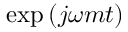
\exp \left( j \omega m t \right)